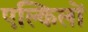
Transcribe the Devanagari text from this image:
एल्किलों